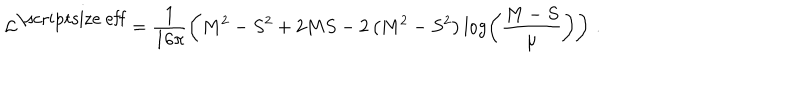
{ \cal L } ^ { \mathrm { \scriptsize ~ e f f } } = \frac { 1 } { 1 6 \pi } \left( M ^ { 2 } - S ^ { 2 } + 2 M S - 2 \left( M ^ { 2 } - S ^ { 2 } \right) \log \left( \frac { M - S } { \mu } \right) \right) \, .